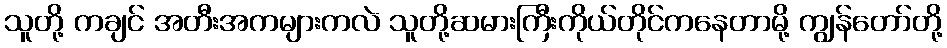
သူတို့ ကချင် အတီးအကများကလဲ သူတို့ဆမားကြီးကိုယ်တိုင်ကနေတာမို့ ကျွန်တော်တို့